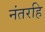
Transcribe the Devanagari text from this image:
नंतरहि